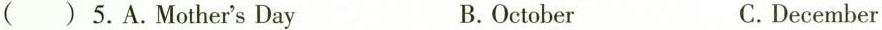
( ) 5. A.Mother's Day B.October C.December